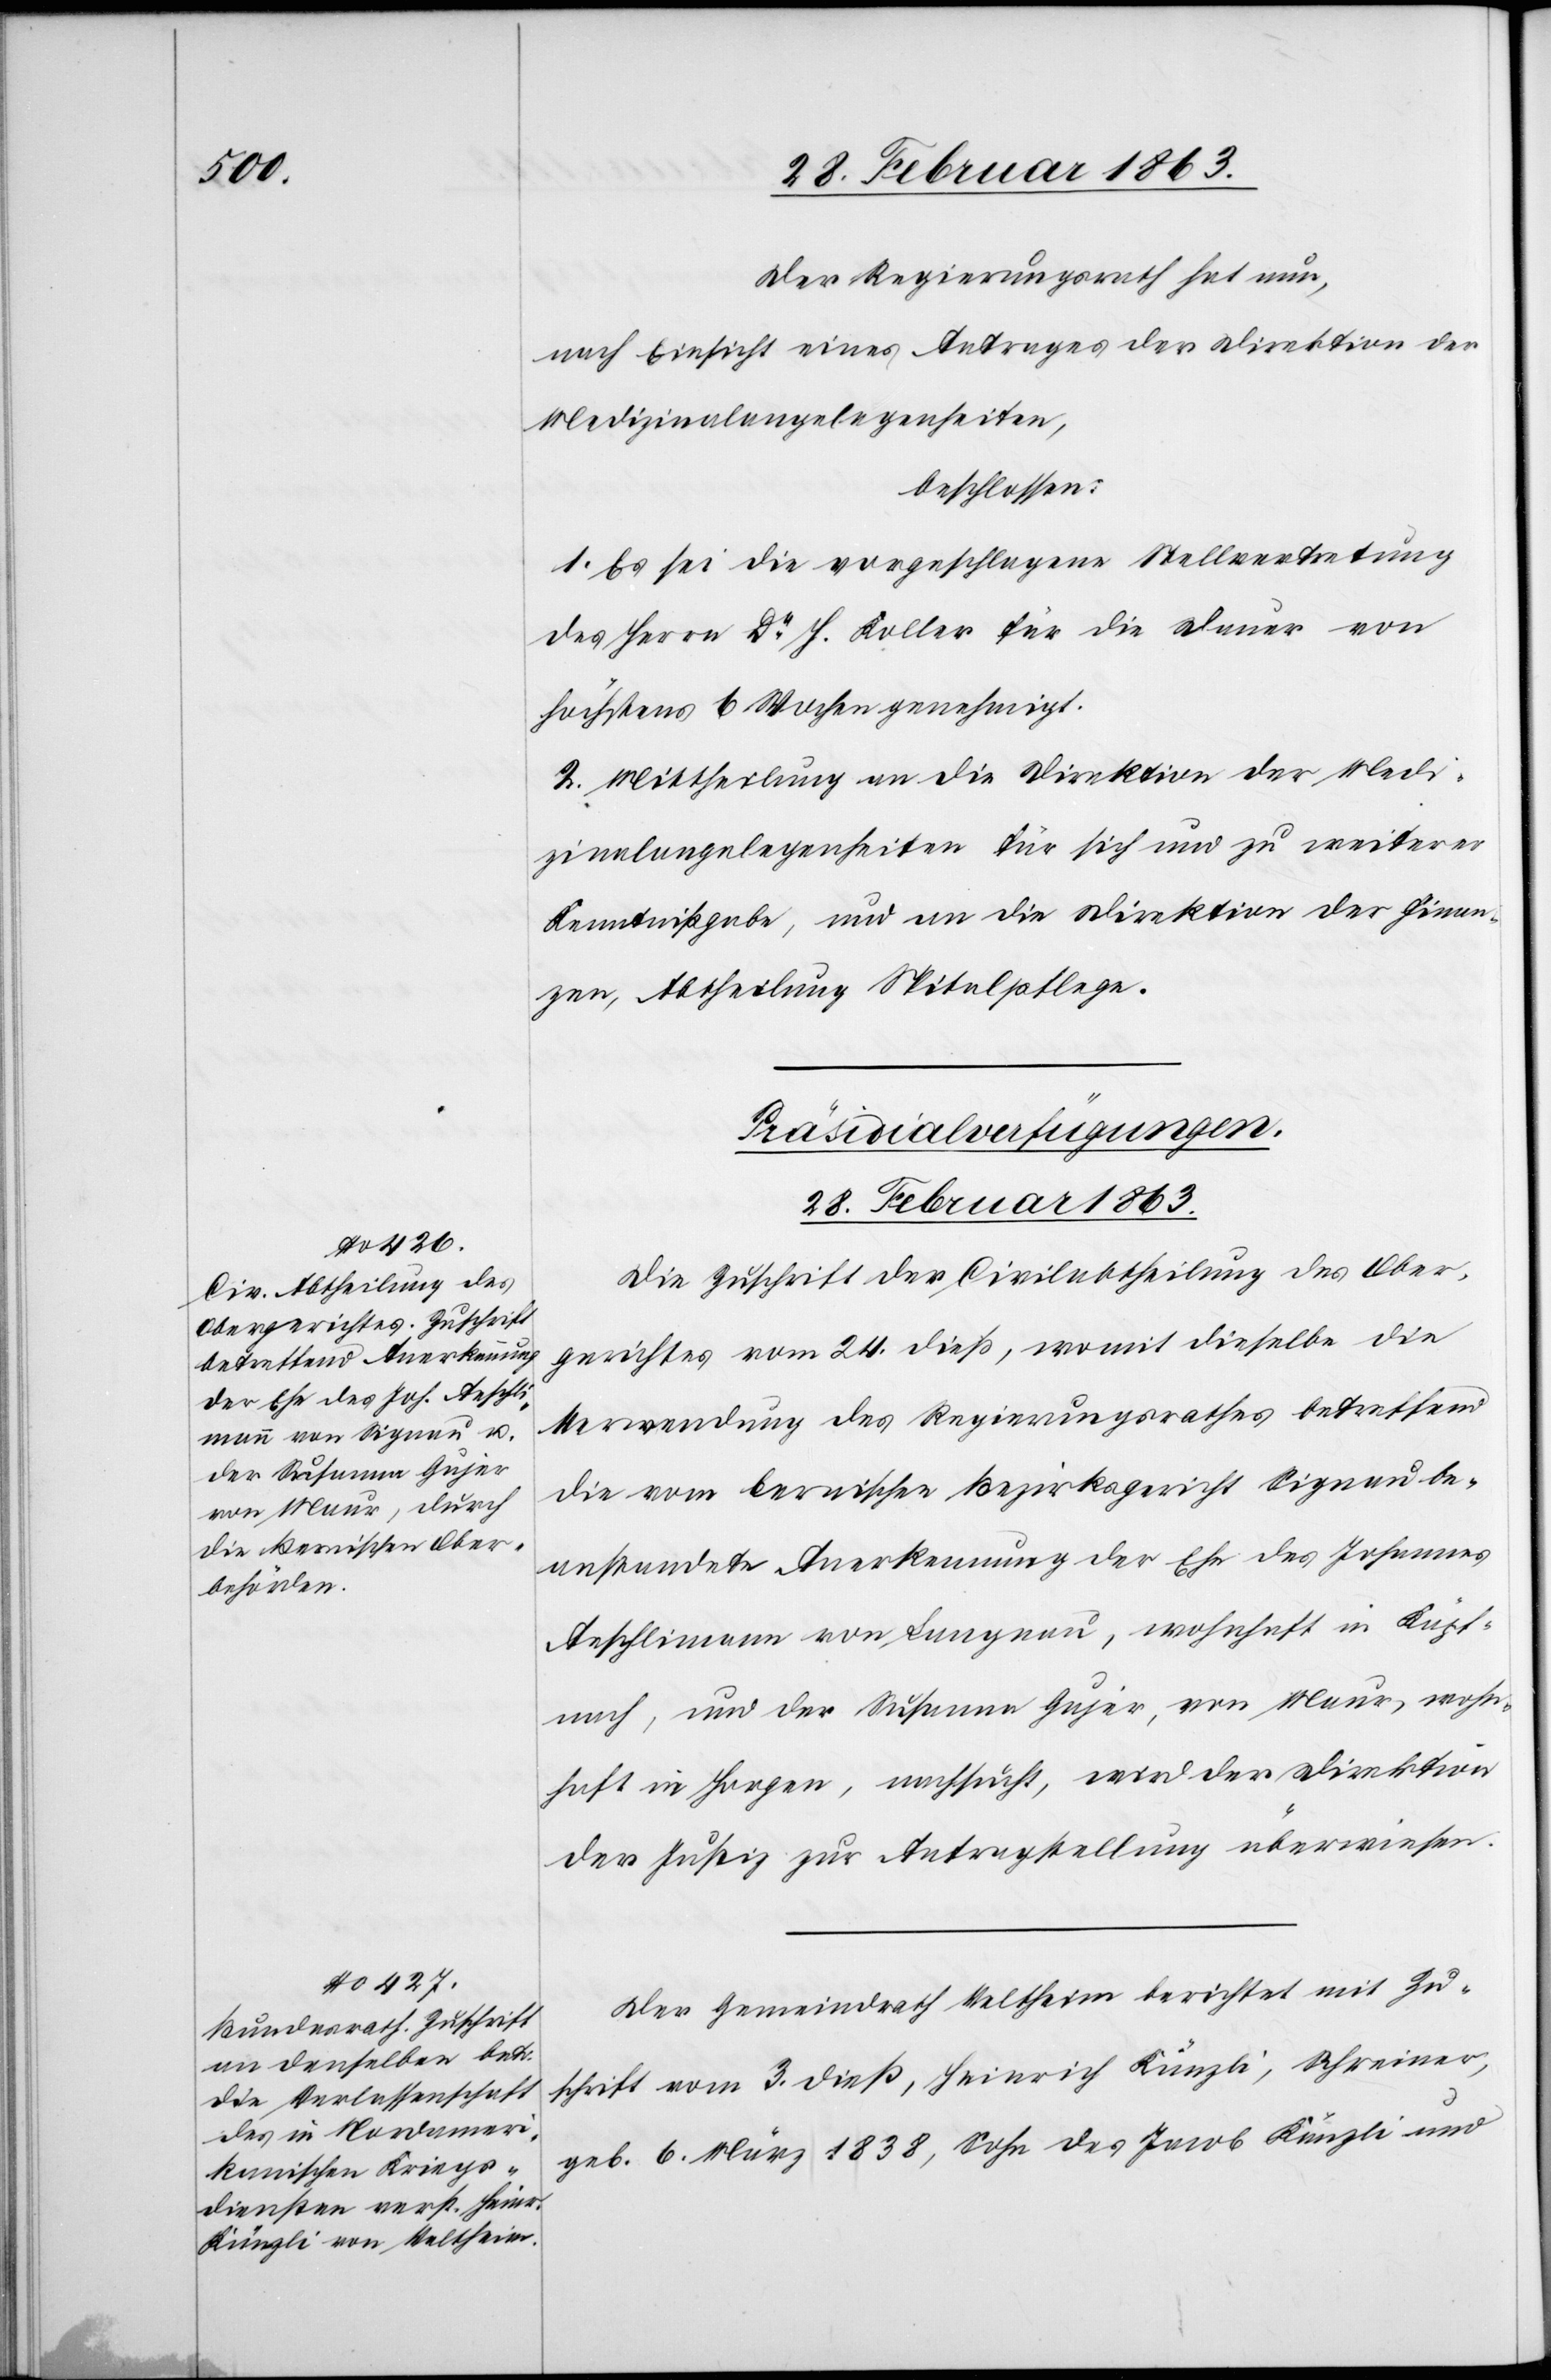
Der Regierungsrath hat nun,
nach Einsicht eines Antrages der Direktion der
Medizinalangelegenheiten,
beschlossen:
1. Es sei die vorgeschlagene Stellvertretung
des Herrn Dr H. Koller für die Dauer von
höchstens 6 Wochen genehmigt.
2. Mittheilung an die Direktion der Medi¬
zinalangelegenheiten für sich und zu weiterer
Kenntnißgabe, und an die Direktion der Finan¬
zen, Abtheilung Spitalpflege.
[Präsidialverfügungen.
28. Februar 1863.]
Die Zuschrift der Civilabtheilung des Ober¬
gerichtes vom 24. dieß, womit dieselbe die
Verwendung des Regierungsrathes betreffend
die vom bernischen Bezirksgericht Signau be¬
anstandete Anerkennung der Ehe des Johannes
Aeschlimann von Langnau, wohnhaft in Käpf¬
nach, und der Susanna Gujer, von Maur, wohn¬
haft in Horgen, nachsucht, wird der Direktion
der Justiz zur Antragstellung überwiesen.
Der Gemeindrath Veltheim berichtet mit Zu¬
schrift vom 3. dieß, Heinrich Künzli, Schreiner,
geb. 6. März 1838, Sohn des Jacob Künzli und